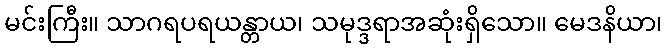
မင်းကြီး။ သာဂရပရယန္တာယ၊ သမုဒ္ဒရာအဆုံးရှိသော။ မေဒနိယာ၊